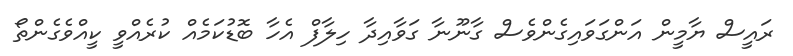
ރައީސް ޔާމީން އަންގަވައިގެންވެސް ގާނޫނާ ގަވާއިދާ ހިލާފް އެހާ ބޮޑުކަމެއް ކުރެއްވީ ކީއްވެގެންތޯ